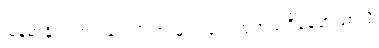
မြန်မာနိုင်ငံတွင် လေဖိအားများ လေထုတည်ရှိနေမှာဖြစ်လို့